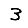
Digit: 3